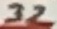
Text: 32